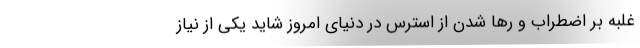
غلبه بر اضطراب و رها شدن از استرس در دنیای امروز شاید یکی از نیاز